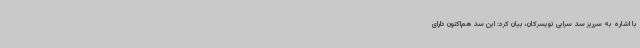
با اشاره به سرریز سد سرابی تویسرکان، بیان کرد: این سد هم‌اکنون دارای